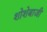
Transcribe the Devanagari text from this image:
शोशेबाजी